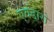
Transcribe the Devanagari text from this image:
एवेंडारो